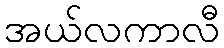
အယ်လကာလီ